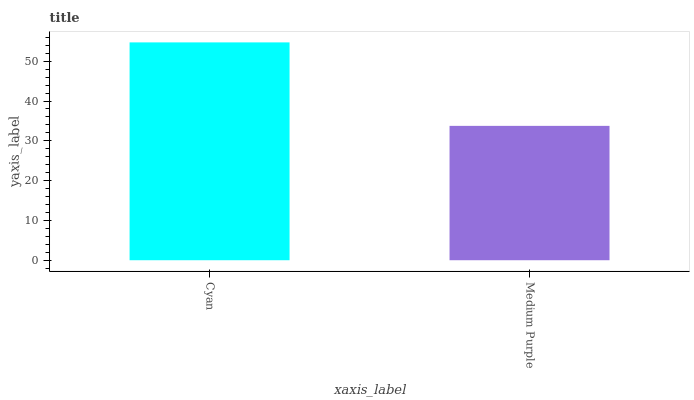
| xaxis_label | bars |
 | --- | --- |
 | Cyan | 54.7 |
 | Medium Purple | 33.8 |